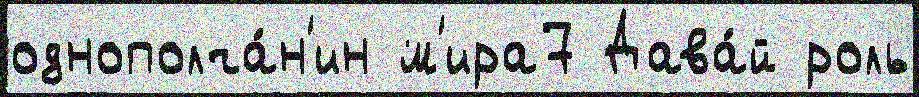
однополча́н'ин м'ира7 Дава́й роль